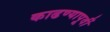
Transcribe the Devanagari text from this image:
काढण्यापूर्वी